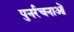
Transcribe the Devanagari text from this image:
पुनर्रचनाओं